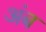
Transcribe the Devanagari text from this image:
अंब